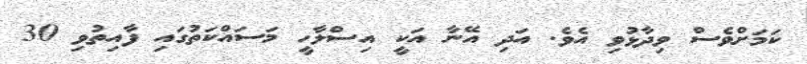
ކަމަށްވެސް ވިދާޅުވި އެވެ. އަދި އޭނާ އަކީ އިސްލާހީ މަސައްކަތުގައި ފާއިތުވި 30